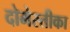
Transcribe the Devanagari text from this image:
दोमेस्तीका